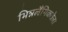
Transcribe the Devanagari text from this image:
भिन्नलैंगिकतेला